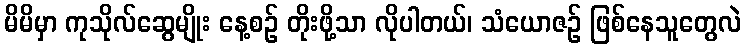
မိမိမှာ ကုသိုလ်ဆွေမျိုး နေ့စဉ် တိုးဖို့သာ လိုပါတယ်၊ သံယောဇဉ် ဖြစ်နေသူတွေလဲ